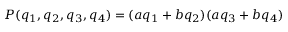
P ( q _ { 1 } , q _ { 2 } , q _ { 3 } , q _ { 4 } ) = ( a q _ { 1 } + b q _ { 2 } ) ( a q _ { 3 } + b q _ { 4 } )